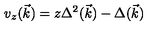
v _ { z } ( \vec { k } ) = z \Delta ^ { 2 } ( \vec { k } ) - \Delta ( \vec { k } )